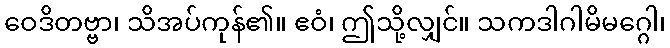
ဝေဒိတဗ္ဗာ၊ သိအပ်ကုန်၏။ ဧဝံ၊ ဤသို့လျှင်။ သကဒါဂါမိမဂ္ဂေါ၊